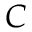
C